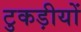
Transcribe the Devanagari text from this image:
टुकड़ीयों